Indian Civil Veterinary Department memoirs
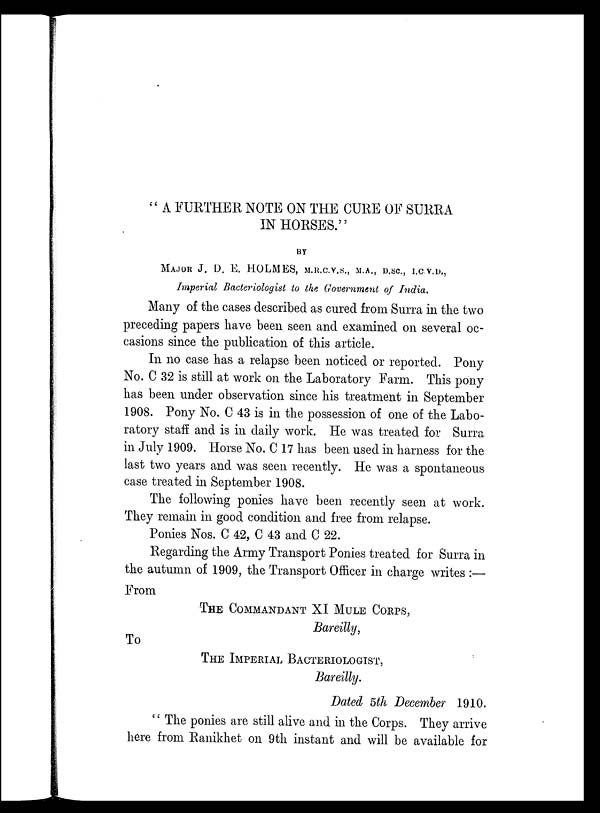
" A FURTHER NOTE ON THE CURE OF SURRA
IN HORSES."
BY
MAJOR J. D. E. HOLMES,M.R.C.V.S., M.A., D.SC., I.C.V.D.,
Imperial Bacteriologist to the Government of India.
Many of the cases described as cured from Surra in the two
preceding papers have been seen and examined on several oc-
casions since the publication of this article.
In no case has a relapse been noticed or reported. Pony
No. C 32 is still at work on the Laboratory Farm. This pony
has been under observation since his treatment in September
1908. Pony No. C 43 is in the possession of one of the Labo-
ratory staff and is in daily work. He was treated for Surra
in July 1909. Horse No. C 17 has been used in harness for the
last two years and was seen recently. He was a spontaneous
case treated in September 1908.
The following ponies have been recently seen at work.
They remain in good condition and free from relapse.
Ponies Nos. C 42, C 43 and C 22.
Regarding the Army Transport Ponies treated for Surra in
the autumn of 1909, the Transport Officer in charge writes:—
From
THE COMMANDANT XI MULE CORPS,
Bareilly,
To
THE IMPERIAL BACTERIOLOGIST,
Bareilly.
Dated 5th December 1910.
" The ponies are still alive and in the Corps. They arrive
here from Ranikhet on 9th instant and will be available for